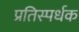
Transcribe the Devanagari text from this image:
प्रतिस्पर्धक